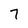
Character: 7